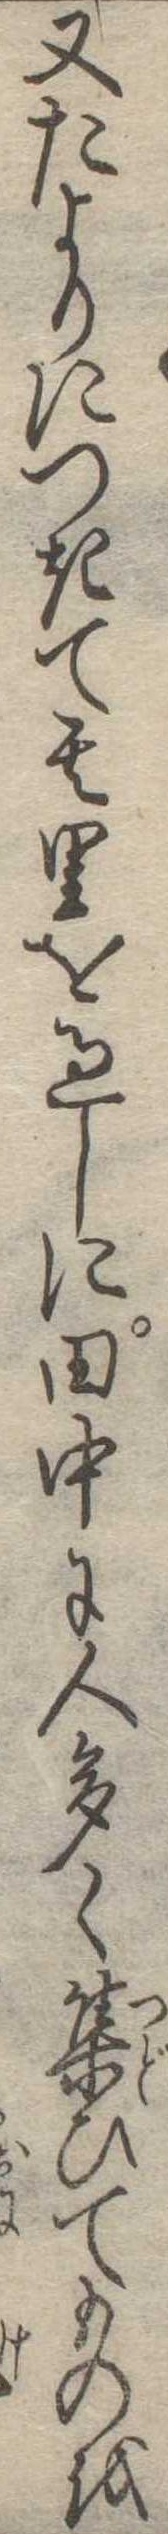
又たよりにつきて其里を過しに田中に人多く集ひてものを